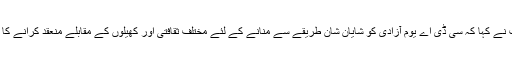
ممبر ماحولیات نے کہا کہ سی ڈی اے یوم آزادی کو شایان شان طریقے سے منانے کے لئے مختلف ثقافتی اور کھیلوں کے مقابلے منعقد کرانے کا فیصلہ کیا ہے۔